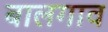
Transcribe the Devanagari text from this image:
बालगाव